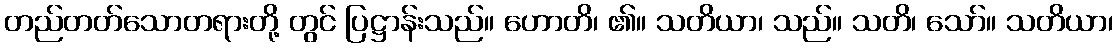
တည်တတ်သောတရားတို့ တွင် ပြဋ္ဌာန်းသည်။ ဟောတိ၊ ၏။ သတိယာ၊ သည်။ သတိ၊ သော်။ သတိယာ၊